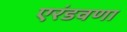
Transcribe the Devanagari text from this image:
एरंडवणा